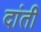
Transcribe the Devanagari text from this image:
दांती